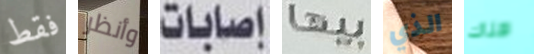
فقط وأنظر إصابات بيها الذي هناك